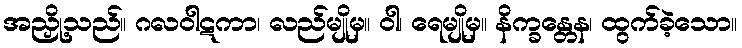
အညှို့သည်။ ဂလဝါဋကာ၊ လည်မျိုမှ။ ဝါ၊ ရေမျိုမှ။ နိက္ခန္တေန၊ ထွက်ခဲ့သော။